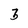
Character: 3